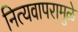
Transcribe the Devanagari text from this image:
नित्यवापरामुळे